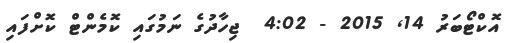
އޮކްޓޯބަރު 14